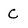
Character: C